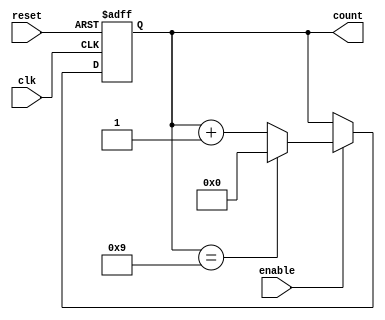
module modulus_counter #(
    parameter MODULUS = 10, // Define the modulus value (e.g., 10 for counting 0 to 9)
    parameter N = $clog2(MODULUS) // Calculate the number of bits needed to represent the count
)(
    input wire clk,           // Clock signal
    input wire reset,         // Asynchronous reset signal
    input wire enable,        // Enable signal for counting
    output reg [N-1:0] count  // N-bit output for the current count
);

// Sequential logic for the counter
always @(posedge clk or posedge reset) begin
    if (reset) begin
        count <= 0; // Reset the count to 0
    end else if (enable) begin
        if (count == MODULUS - 1) begin
            count <= 0; // Wrap around to 0 when MODULUS is reached
        end else begin
            count <= count + 1; // Increment the count
        end
    end
end

endmodule